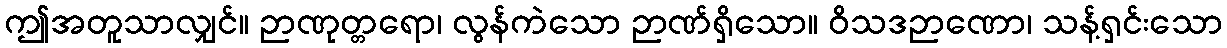
ဤအတူသာလျှင်။ ဉာဏုတ္တရော၊ လွန်ကဲသော ဉာဏ်ရှိသော။ ဝိသဒဉာဏော၊ သန့်ရှင်းသော